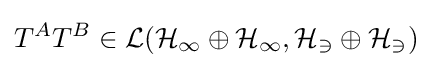
T^{A}T^{B}\in {\mathcal {L(H_{1}\oplus H_{1},H_{3}\oplus H_{3})}}